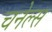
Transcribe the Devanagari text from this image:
चनेल्स